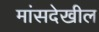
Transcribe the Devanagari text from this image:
मांसदेखील